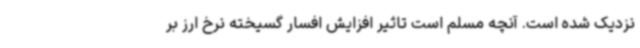
نزدیک شده است. آنچه مسلم است تاثیر افزایش افسار گسیخته نرخ ارز بر